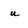
Character: u